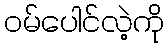
ဝမ်ပေါင်လဲ့ကို